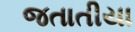
જતાતીયા